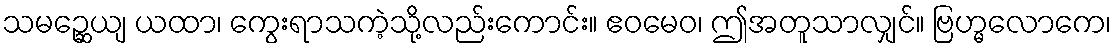
သမဉ္ဆေယျ ယထာ၊ ကွေးရာသကဲ့သို့လည်းကောင်း။ ဧဝမေဝ၊ ဤအတူသာလျှင်။ ဗြဟ္မလောကေ၊